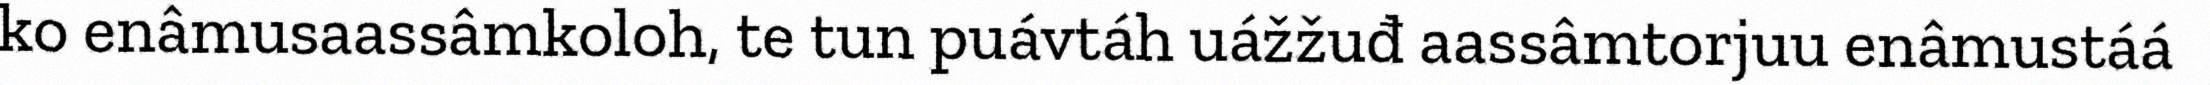
ko enâmusaassâmkoloh, te tun puávtáh uážžuđ aassâmtorjuu enâmustáá